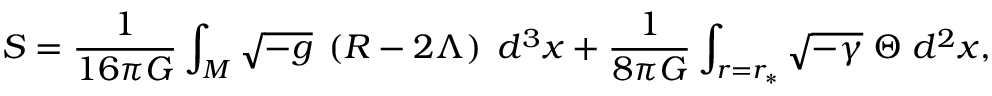
S = \frac { 1 } { 1 6 \pi G } \int _ { M } \sqrt { - g } \; \left( R - 2 \Lambda \right) \; d ^ { 3 } x + \frac { 1 } { 8 \pi G } \int _ { r = r _ { \ast } } \sqrt { - \gamma } \; \Theta \; d ^ { 2 } x ,